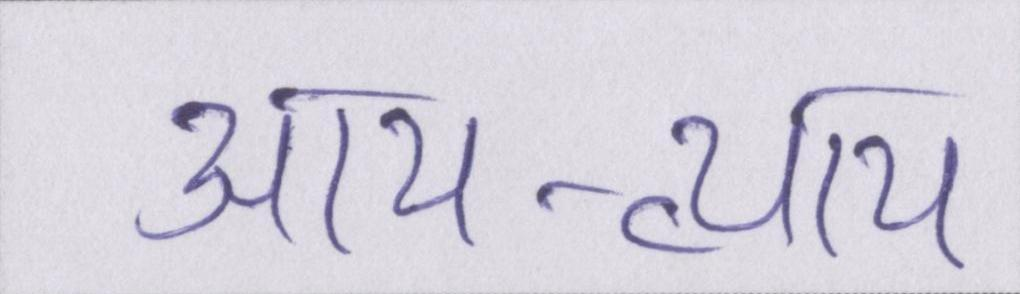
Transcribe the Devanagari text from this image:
आय-व्यय